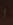
ا